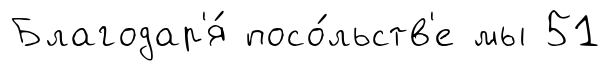
Благодар'я́ посо́льств'е мы 51